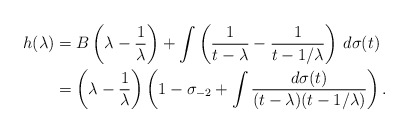
\begin{align*}h(\lambda) & = B\left(\lambda-\frac{1}{\lambda}\right) +\int\left( \frac{1}{t-\lambda}-\frac{1}{t-1/\lambda}\right)\, d\sigma(t)\\& = \left(\lambda-\frac{1}{\lambda}\right) \left( 1-\sigma_{-2} + \int \frac{d\sigma(t)}{(t-\lambda)(t-1/\lambda)} \right ) .\end{align*}